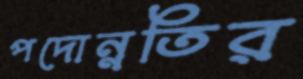
পদোন্নতির